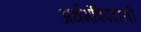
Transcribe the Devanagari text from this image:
अर्थमंत्रिपदाची